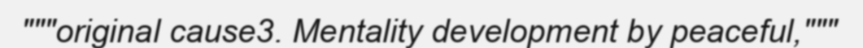
"""original cause3. Mentality development by peaceful,"""